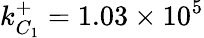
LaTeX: k_{C_{1}}^{+}=1.03\times 10^{5}